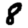
Digit: 8